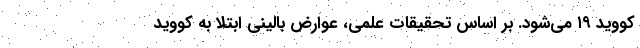
کووید ۱۹ می‌شود. بر اساس تحقیقات علمی، عوارض بالینی ابتلا به کووید